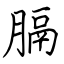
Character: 膈